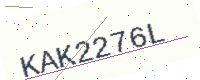
Text: KAK2276L